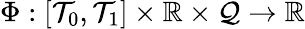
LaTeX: \Phi:[\mathcal{T}_{0},\mathcal{T}_{1}]\times\mathbb{{R}}\times\mathcal{{Q}}\rightarrow\mathbb{{R}}